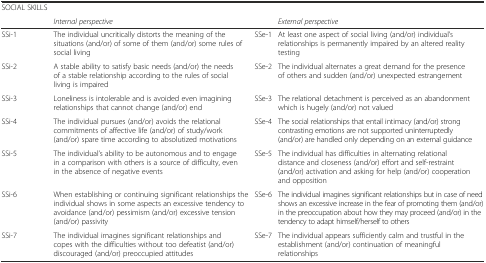
| SOCIAL SKILLS |  |  |  |
 |  | Internal perspective |  | External perspective |
 | --- | --- | --- | --- |
 | SSi-1 | The individual uncritically distorts the meaning of the situations (and/or) of some of them (and/or) some rules of social living | SSe-1 | At least one aspect of social living (and/or) individual’s relationships is permanently impaired by an altered reality testing |
 | SSi-2 | A stable ability to satisfy basic needs (and/or) the needs of a stable relationship according to the rules of social living is impaired | SSe-2 | The individual alternates a great demand for the presence of others and sudden (and/or) unexpected estrangement |
 | SSi-3 | Loneliness is intolerable and is avoided even imagining relationships that cannot change (and/or) end | SSe-3 | The relational detachment is perceived as an abandonment which is hugely (and/or) not valued |
 | SSi-4 | The individual pursues (and/or) avoids the relational commitments of affective life (and/or) of study/work (and/or) spare time according to absolutized motivations | SSe-4 | The social relationships that entail intimacy (and/or) strong contrasting emotions are not supported uninterruptedly (and/or) are handled only depending on an external guidance |
 | SSi-5 | The individual’s ability to be autonomous and to engage in a comparison with others is a source of difficulty, even in the absence of negative events | SSe-5 | The individual has difficulties in alternating relational distance and closeness (and/or) effort and self-restraint (and/or) activation and asking for help (and/or) cooperation and opposition |
 | SSi-6 | When establishing or continuing significant relationships the individual shows in some aspects an excessive tendency to avoidance (and/or) pessimism (and/or) excessive tension (and/or) passivity | SSe-6 | The individual imagines significant relationships but in case of need shows an excessive increase in the fear of promoting them (and/or) in the preoccupation about how they may proceed (and/or) in the tendency to adapt himself/herself to others |
 | SSi-7 | The individual imagines significant relationships and copes with the difficulties without too defeatist (and/or) discouraged (and/or) preoccupied attitudes | SSe-7 | The individual appears sufficiently calm and trustful in the establishment (and/or) continuation of meaningful relationships |